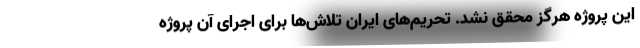
این پروژه هرگز محقق نشد. تحریم‌های ایران تلاش‌ها برای اجرای آن پروژه